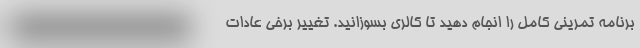
برنامه تمرینی کامل را انجام دهید تا کالری بسوزانید. تغییر برخی عادات